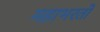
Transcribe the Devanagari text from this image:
महाभरतो